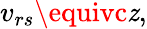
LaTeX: v_{rs}\equivc\mathit{z},